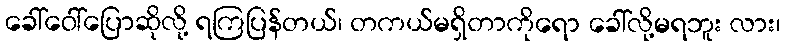
ခေါ်ဝေါ်ပြောဆိုလို့ ရကြပြန်တယ်၊ တကယ်မရှိတာကိုရော ခေါ်လို့မရဘူး လား၊